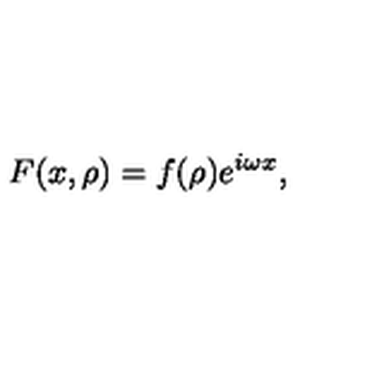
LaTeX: F ( x , \rho ) = f ( \rho ) e ^ { i \omega x } ,